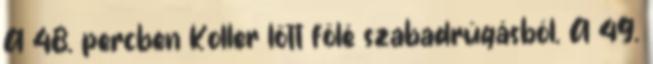
A 48. percben Koller lőtt fölé szabadrúgásból. A 49.